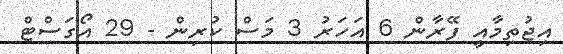
އިޖުތިމާއީ ފޭރާން 6 އަހަރު 3 މަސް ކުރިން - 29 އޯގަސްޓް